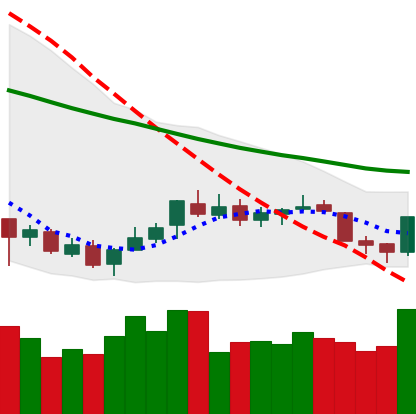
Ticker: XLM-USD
Chart end date: 2018-07-13
Forward return: 46.08%
Label: up_7plus